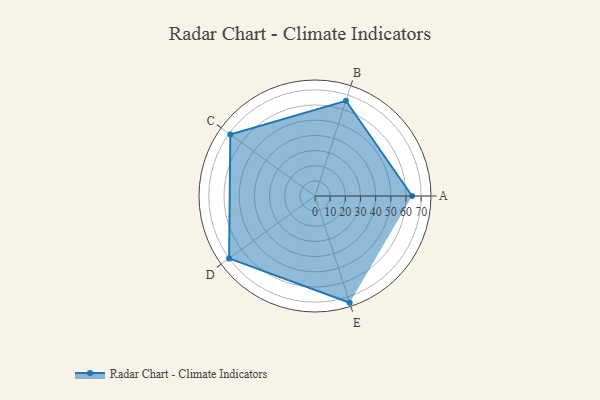
{"axis": {"x": "Skill", "y": "Score"}, "legend": ["Profile"], "data": [{"x": "A", "y": 64.0, "type": "Profile"}, {"x": "B", "y": 66.0, "type": "Profile"}, {"x": "C", "y": 69.0, "type": "Profile"}, {"x": "D", "y": 70.0, "type": "Profile"}, {"x": "E", "y": 74.0, "type": "Profile"}]}